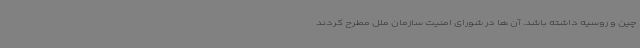
چین و روسیه داشته باشد. آن ها در شورای امنیت سازمان ملل مطرح کردند